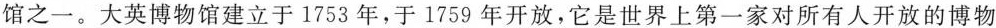
馆之一。大英博物馆建立于1753年，于1759年开放，它是世界上第一家对所有人开放的博物